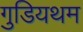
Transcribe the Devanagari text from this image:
गुडियथम